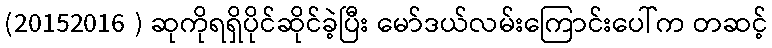
(20152016 ) ဆုကိုရရှိပိုင်ဆိုင်ခဲ့ပြီး မော်ဒယ်လမ်းကြောင်းပေါ်က တဆင့်